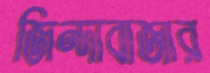
জিন্দাবাজার